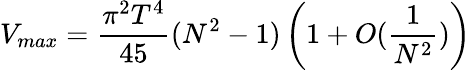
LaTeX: V_{max}={\frac{\pi^{2}T^{4}}{45}}(N^{2}-1)\left(1+O({\frac{1}{N^{2}}})\right)